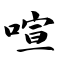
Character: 喧